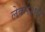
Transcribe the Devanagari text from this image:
लेकरशोर